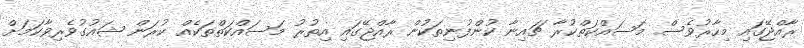
ރާއްޖޭގައި މިހާރުވެސް މަސައްކަތްކުރާ ޗައިނާ ކުންފުނިތަކުން ރާއްޖޭގައި އިތުރު މަސައްކަތްތަކެއް ކުރަން ޝައުގުވެރިވާކަމަށް